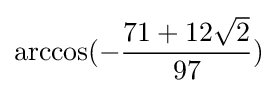
\arccos(-{\frac {71+12{\sqrt {2}}}{97}})